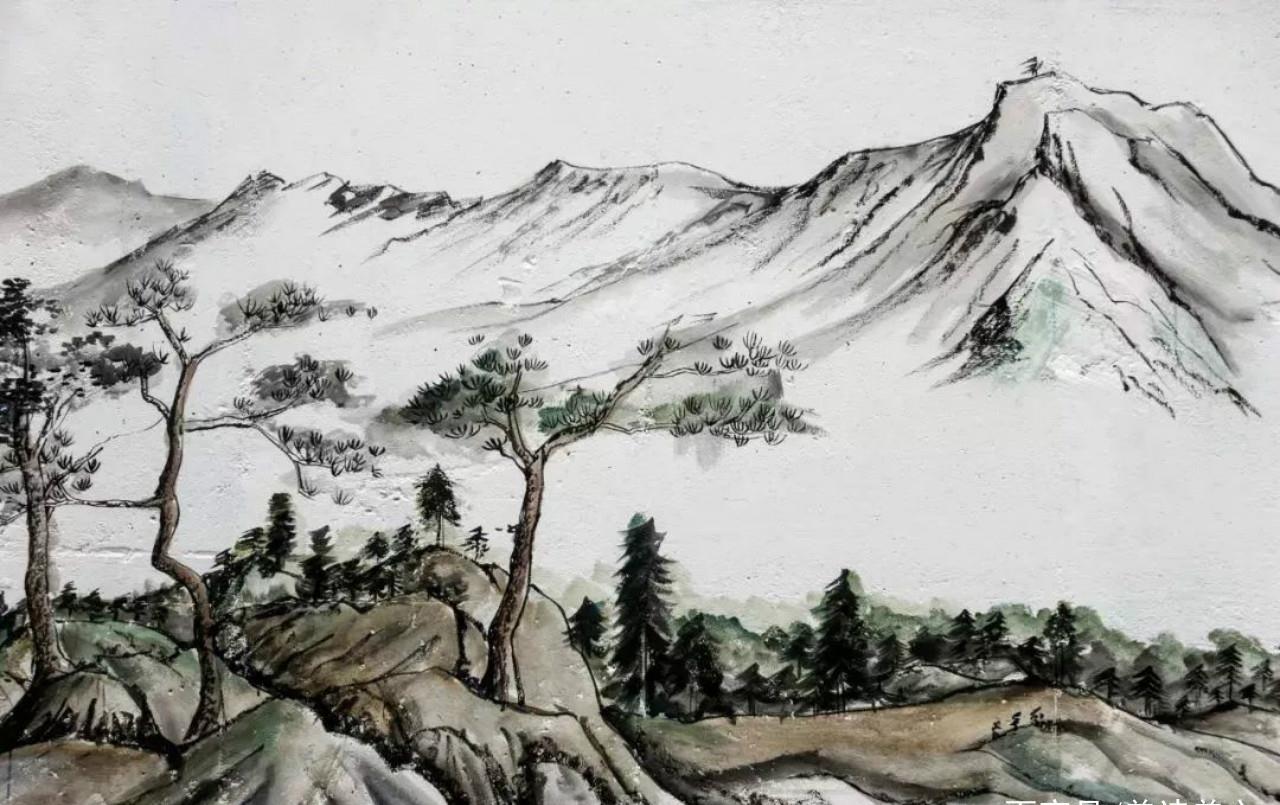
走马西来欲到天，辞家见月两回圆。